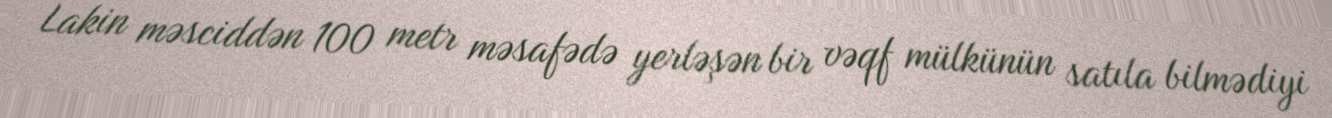
Lakin məsciddən 100 metr məsafədə yerləşən bir vəqf mülkünün satıla bilmədiyi